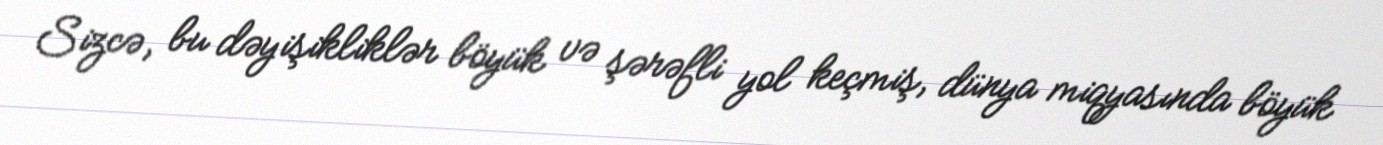
Sizcə, bu dəyişikliklər böyük və şərəfli yol keçmiş, dünya miqyasında böyük